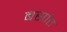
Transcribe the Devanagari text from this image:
बर्सात